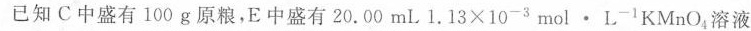
已知C中盛有100g原粮，E中盛有20.00mL 1.13\times10^{-3}mol\cdot L^{-1}KMnO_{4}溶液